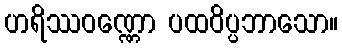
ဟရိဿဝဏ္ဏော ပထဝိပ္ပဘာသော။